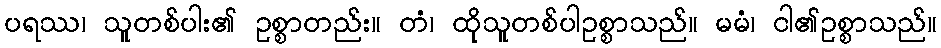
ပရဿ၊ သူတစ်ပါး၏ ဥစ္စာတည်း။ တံ၊ ထိုသူတစ်ပါဥစ္စာသည်။ မမံ၊ ငါ၏ဥစ္စာသည်။